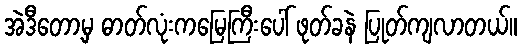
အဲဒီတော့မှ ဓာတ်လုံးကမြေကြီးပေါ် ဖုတ်ခနဲ ပြုတ်ကျလာတယ်။